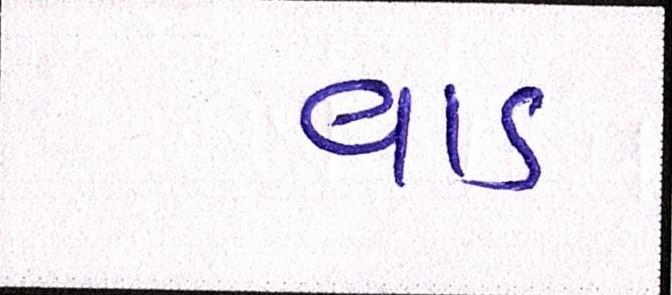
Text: વાડ